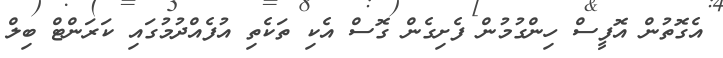
އެގޮތުން އޮފީސް ހިންގުމުން ފެށިގެން ގޮސް އެކި ތަކެތި އުފެއްދުމުގައި ކަރަންޓް ބިލް